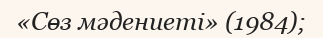
«Сөз мәдениеті» (1984);